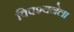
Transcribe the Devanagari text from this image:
विपश्यनेला